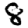
Digit: 8